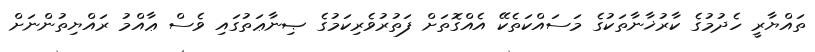
ތައްޔާރީ ހެދުުމުގެ ކާރުޚާނާތަކުގެ މަސައްކަތެކޭ އެއްގޮތަށް ފަތުރުވެރިކަމުގެ ޞިނާޢަތުގައި ވެސް ޢާއްމު ރައްޔިތުންނަށް